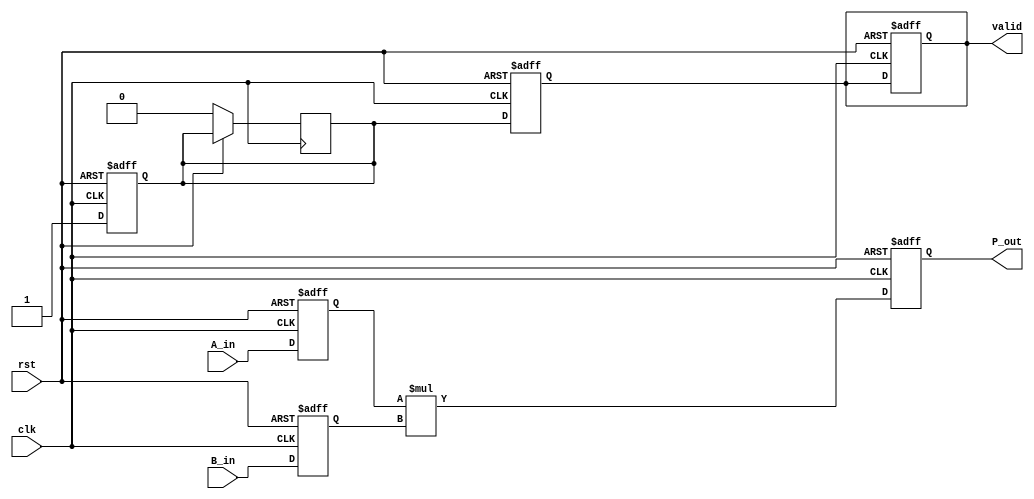
module streaming_multiplier #(
    parameter DATA_WIDTH_A = 16,  // Width of the input data stream A
    parameter DATA_WIDTH_B = 16,  // Width of the input data stream B
    parameter DATA_WIDTH_P = DATA_WIDTH_A + DATA_WIDTH_B // Width of the product output
)(
    input wire clk,
    input wire rst,
    input wire [DATA_WIDTH_A-1:0] A_in,
    input wire [DATA_WIDTH_B-1:0] B_in,
    output reg [DATA_WIDTH_P-1:0] P_out,
    output reg valid
);

    // Internal registers for buffering input data
    reg [DATA_WIDTH_A-1:0] A_buffer;
    reg [DATA_WIDTH_B-1:0] B_buffer;

    // State for valid output signal
    reg data_ready;

    // Sequential logic for processing input streams and generating product
    always @(posedge clk or posedge rst) begin
        if (rst) begin
            // Reset all internal states
            A_buffer <= 0;
            B_buffer <= 0;
            P_out <= 0;
            valid <= 0;
            data_ready <= 0;
        end else begin
            // Buffer incoming data streams
            A_buffer <= A_in;
            B_buffer <= B_in;

            // Compute product in the next clock cycle
            P_out <= A_buffer * B_buffer;

            // Signal that the product is ready
            data_ready <= 1;
        end
    end

    // Valid signal generation
    always @(posedge clk or posedge rst) begin
        if (rst) begin
            valid <= 0;
        end else begin
            // Update valid signal based on product availability
            valid <= data_ready;
            // Reset data_ready after signaling valid
            if (data_ready) begin
                data_ready <= 0;
            end
        end
    end

endmodule